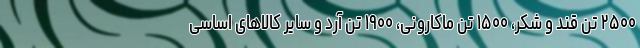
۲۵۰۰ تن قند و شکر، ۱۵۰۰ تن ماکارونی، ۱۹۰۰ تن آرد و سایر کالاهای اساسی